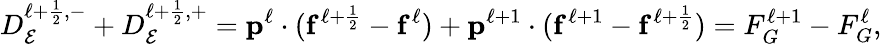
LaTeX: D_{\mathcal{E}}^{\ell+\frac{1}{2},-}+D_{\mathcal{E}}^{\ell+\frac{1}{2},+}=\mathbf{p}^{\ell}\cdot(\mathbf{f}^{\ell+\frac{1}{2}}-\mathbf{f}^{\ell})+\mathbf{p}^{\ell+1}\cdot(\mathbf{f}^{\ell+1}-\mathbf{f}^{\ell+\frac{1}{2}})=F_{G}^{\ell+1}-F_{G}^{\ell},